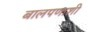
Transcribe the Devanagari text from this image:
बालपणाशी